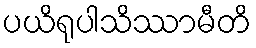
ပယိရုပါသိဿာမီတိ